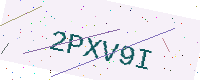
Text: 2PXV9I